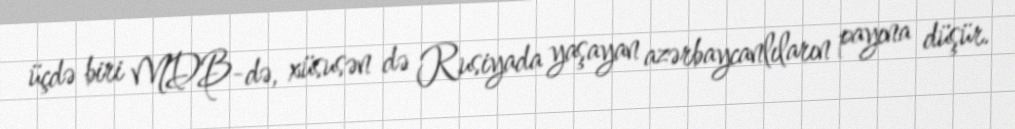
üçdə biri MDB-də, xüsusən də Rusiyada yaşayan azərbaycanlıların payına düşür.